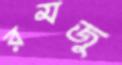
রমজু